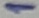
Text: 1